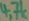
Text: 4,7k